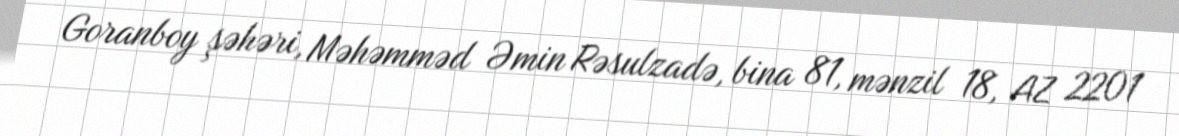
Goranboy şəhəri, Məhəmməd Əmin Rəsulzadə, bina 81, mənzil 18, AZ 2201